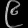
Digit: ၉